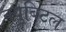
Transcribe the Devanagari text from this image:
क्युबिटल